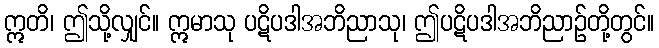
ဣတိ၊ ဤသို့လျှင်။ ဣမာသု ပဋိပဒါအဘိညာသု၊ ဤပဋိပဒါအဘိညာဉ်တို့တွင်။